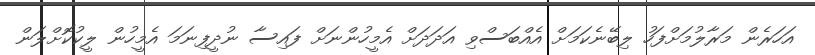
އަހަރެން މަރާލުމަށްފަހު ލިބޭނެކަމަށް އެއްބަސްވި އަދަދަށް އެމީހުންނަށް ފައިސާ ނުދީފިނަމަ އެމީހުން ލީކުކޮށްލަން